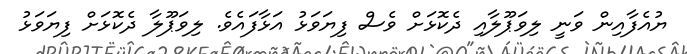
ޔުއެފާއިން ވަނީ ލިވަޕޫލާއި ދެކޮޅަށް ވެސް ފިޔަވަޅު އަޅާފައެވެ. ލިވަޕޫލާ ދެކޮޅަށް ފިޔަވަޅު